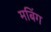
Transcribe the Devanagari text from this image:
मबिंग